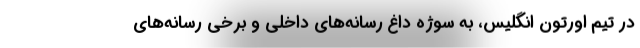
در تیم اورتون انگلیس، به سوژه داغ رسانه‌های داخلی و برخی رسانه‌های